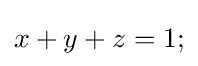
x+y+z=1;\,\!